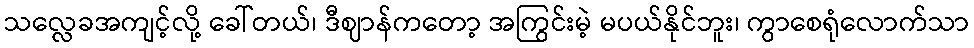
သလ္လေခအကျင့်လို့ ခေါ်တယ်၊ ဒီဈာန်ကတော့ အကြွင်းမဲ့ မပယ်နိုင်ဘူး၊ ကွာစေရုံလောက်သာ